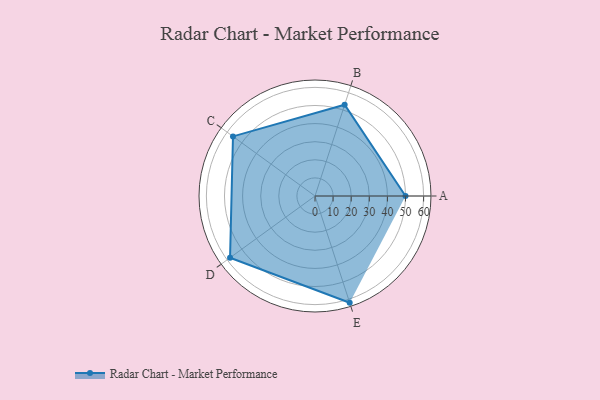
{"axis": {"x": "Skill", "y": "Score"}, "legend": ["Profile"], "data": [{"x": "A", "y": 50.0, "type": "Profile"}, {"x": "B", "y": 53.0, "type": "Profile"}, {"x": "C", "y": 56.0, "type": "Profile"}, {"x": "D", "y": 58.0, "type": "Profile"}, {"x": "E", "y": 62.0, "type": "Profile"}]}